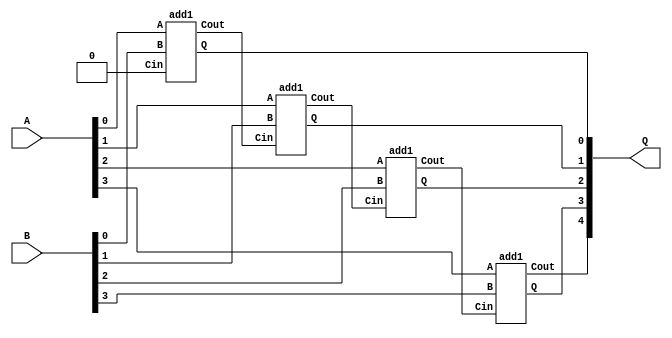

/*
 * Generate a combinational adder of any width. The width parameter can
 * be any integer value >0. The A and B inputs have WID bits, and the Q
 * output has WID+1 bits to include the overflow.
 */
module addN
  #(parameter WID = 4)
   (input wire [WID-1:0] A,
    input wire [WID-1:0] B,
    output wire [WID:0]  Q
    /* */);

   wire [WID-1:0]	Cout;

   /* The least significant slice has no Cin */
   add1 U0 (.A(A[0]), .B(B[0]), .Cin(1'b0), .Q(Q[0]), .Cout(Cout[0]));

   /* Generate all the remaining slices */
   genvar i;
   for (i = 1 ; i < WID ; i = i+1) begin : U
      add1 Un (.A(A[i]), .B(B[i]), .Cin(Cout[i-1]), .Q(Q[i]), .Cout(Cout[i]));
   end

   assign Q[WID] = Cout[WID-1];

endmodule // add

/*
 * This is a single-bit combinational adder used by the addH module
 * above.
 */
module add1(input A, input B, input Cin, output reg Q, output reg Cout);

   always @* begin
      Q = A ^ B ^ Cin;
      Cout = A&B | A&Cin | B&Cin;
   end

endmodule // hadd